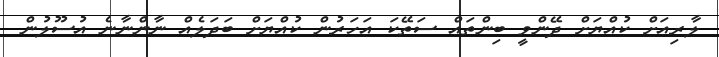
ލާރިއަށް ކުއްޔަށް ދޭންވީ ބިންތައް ސަތޭކަ އަަހަރުން ކުއްޔަށް ބަދަލެއް ނާންނާނެ އުސޫލުން